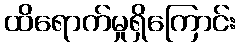
ထိရောက်မှုရှိကြောင်း